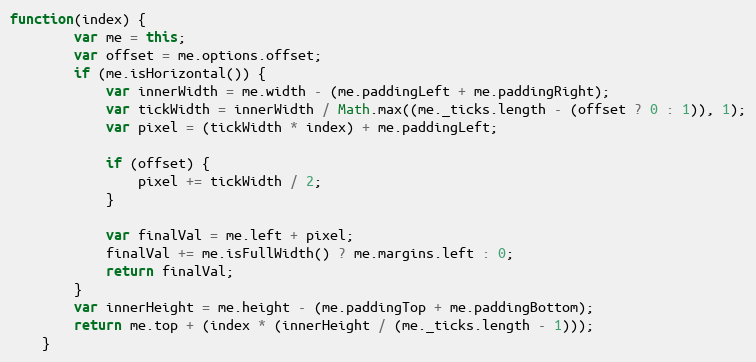
Language: JavaScript
function(index) {
		var me = this;
		var offset = me.options.offset;
		if (me.isHorizontal()) {
			var innerWidth = me.width - (me.paddingLeft + me.paddingRight);
			var tickWidth = innerWidth / Math.max((me._ticks.length - (offset ? 0 : 1)), 1);
			var pixel = (tickWidth * index) + me.paddingLeft;

			if (offset) {
				pixel += tickWidth / 2;
			}

			var finalVal = me.left + pixel;
			finalVal += me.isFullWidth() ? me.margins.left : 0;
			return finalVal;
		}
		var innerHeight = me.height - (me.paddingTop + me.paddingBottom);
		return me.top + (index * (innerHeight / (me._ticks.length - 1)));
	}